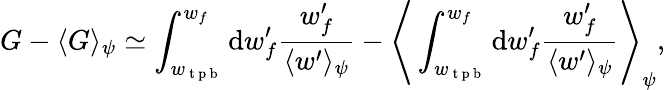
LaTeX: G-\langle G\rangle_{\psi}\simeq\int_{w_{\mathrm{~t~p~b~}}}^{w_{f}}\mathrm{d}w_{f}^{\prime}\frac{w_{f}^{\prime}}{\langle w^{\prime}\rangle_{\psi}}-\Bigg\langle\int_{w_{\mathrm{~t~p~b~}}}^{w_{f}}\mathrm{d}w_{f}^{\prime}\frac{w_{f}^{\prime}}{\langle w^{\prime}\rangle_{\psi}}\Bigg\rangle_{\psi},